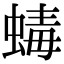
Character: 蝳